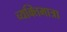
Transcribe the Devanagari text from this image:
व्यक्तिमात्रा